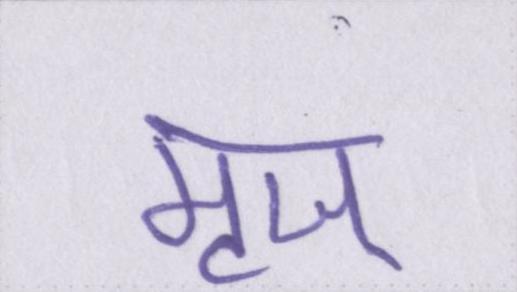
मृज्